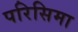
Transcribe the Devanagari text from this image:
परिसिमा